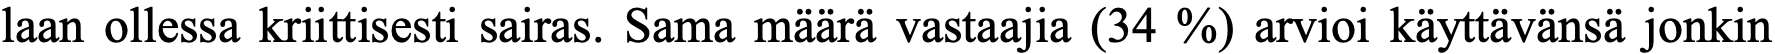
laan ollessa kriittisesti sairas. Sama määrä vastaajia (34 %) arvioi käyttävänsä jonkin